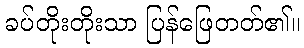
ခပ်တိုးတိုးသာ ပြန်ဖြေတတ်၏။